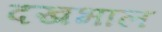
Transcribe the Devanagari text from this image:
दखभाल